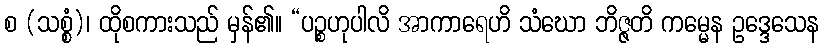
စ (သစ္စံ)၊ ထိုစကားသည် မှန်၏။ “ပဉ္စဟုပါလိ အာကာရေဟိ သံဃော ဘိဇ္ဇတိ ကမ္မေန ဥဒ္ဒေသေန